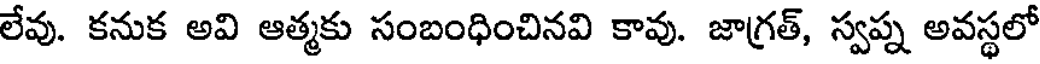
లేవు. కనుక అవి ఆత్మకు సంబంధించినవి కావు. జాగ్రత్, స్వప్న అవస్థలో